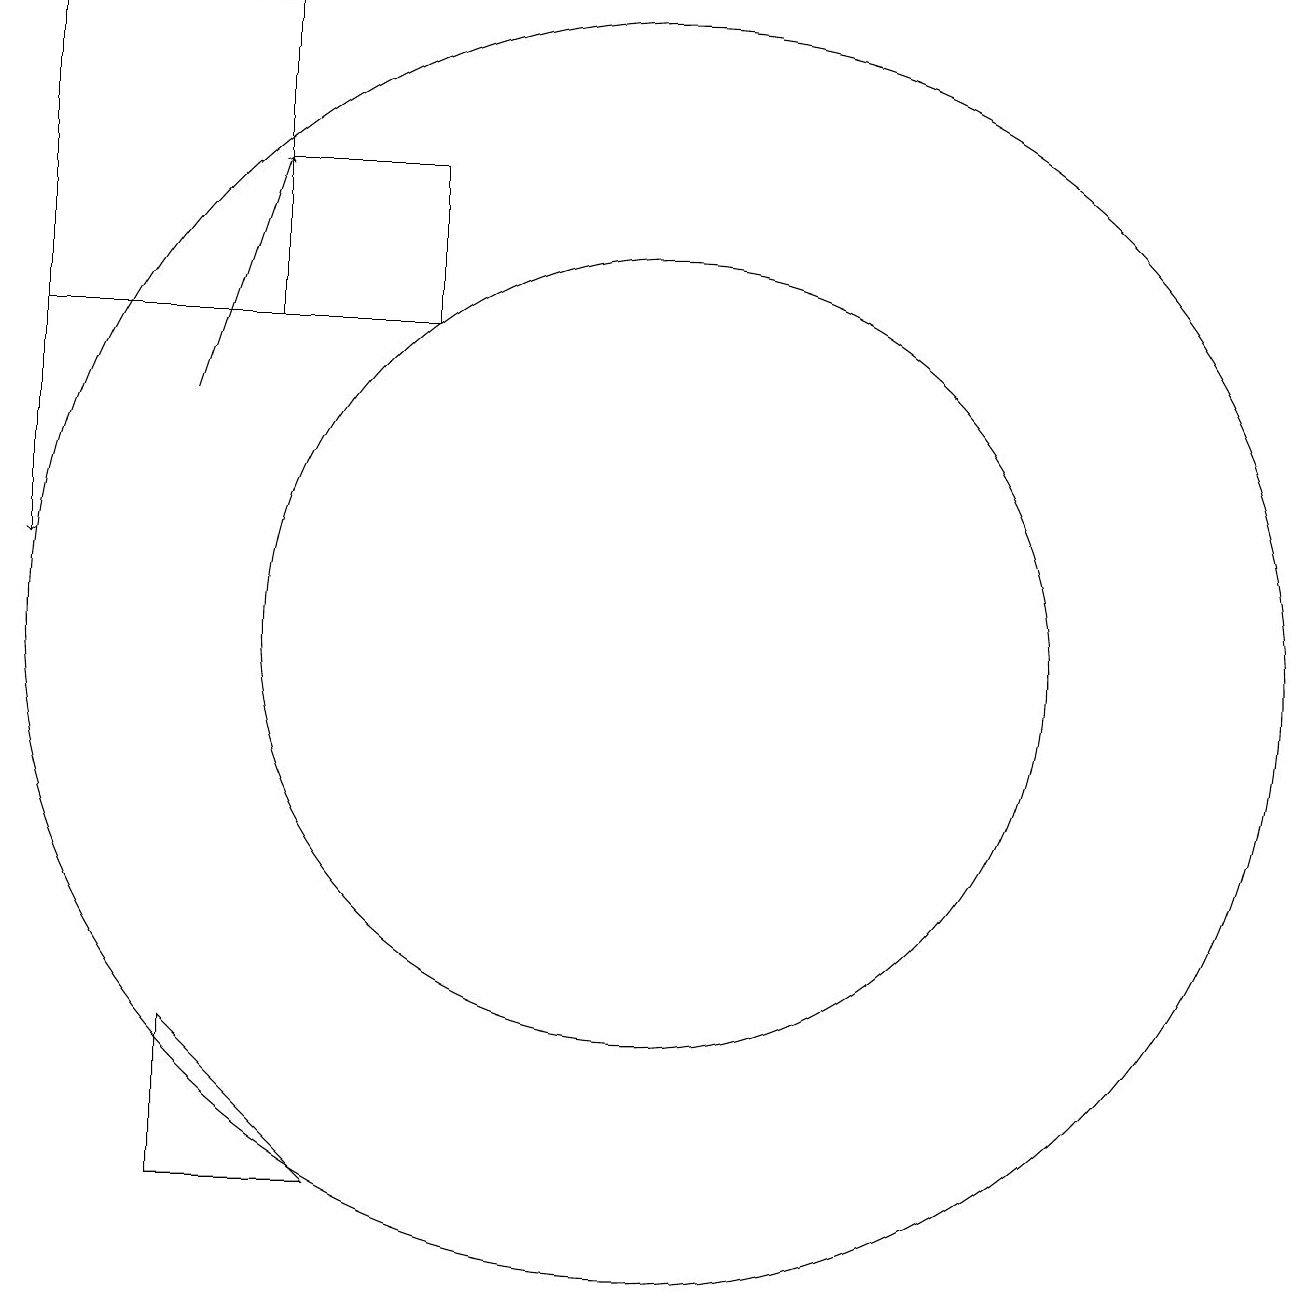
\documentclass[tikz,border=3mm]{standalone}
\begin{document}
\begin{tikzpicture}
\draw (11,11) circle (5);
\draw[->] (5,14) -- (6,17);
\draw[->] (3,15) -- (3,12);
\draw (5,4) -- (5,6) -- (7,4) -- cycle;
\draw (11,11) circle (8);
\draw (6,17) rectangle (8,15);
\draw (3,15) rectangle (6,19);
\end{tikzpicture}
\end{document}